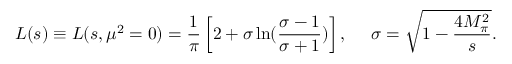
L ( s ) \equiv L ( s , \mu ^ { 2 } = 0 ) = \frac { 1 } { \pi } \left[ 2 + \sigma \ln ( \frac { \sigma - 1 } { \sigma + 1 } ) \right] , ~ ~ ~ ~ \sigma = \sqrt { 1 - \frac { 4 M _ { \pi } ^ { 2 } } { s } } .